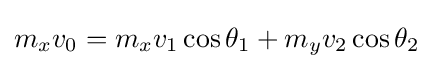
m_{x}v_{0}=m_{x}v_{1}\cos \theta _{1}+m_{y}v_{2}\cos \theta _{2}\,\!